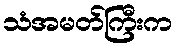
သံအမတ်ကြီးက